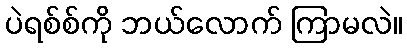
ပဲရစ်စ်ကို ဘယ်လောက် ကြာမလဲ။